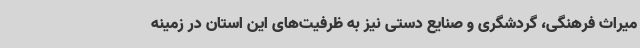
میراث فرهنگی، گردشگری و صنایع دستی نیز به ظرفیت‌های این استان در زمینه